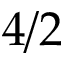
4 / 2